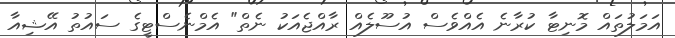
އަމަލުތައް މޮނިޓާ ކުރާނެ އެއްވެސް އުސޫލެއް ރާއްޖެއަކު ނެތް" އެމްނެސްޓީގެ ސައުތު އޭޝިއާ